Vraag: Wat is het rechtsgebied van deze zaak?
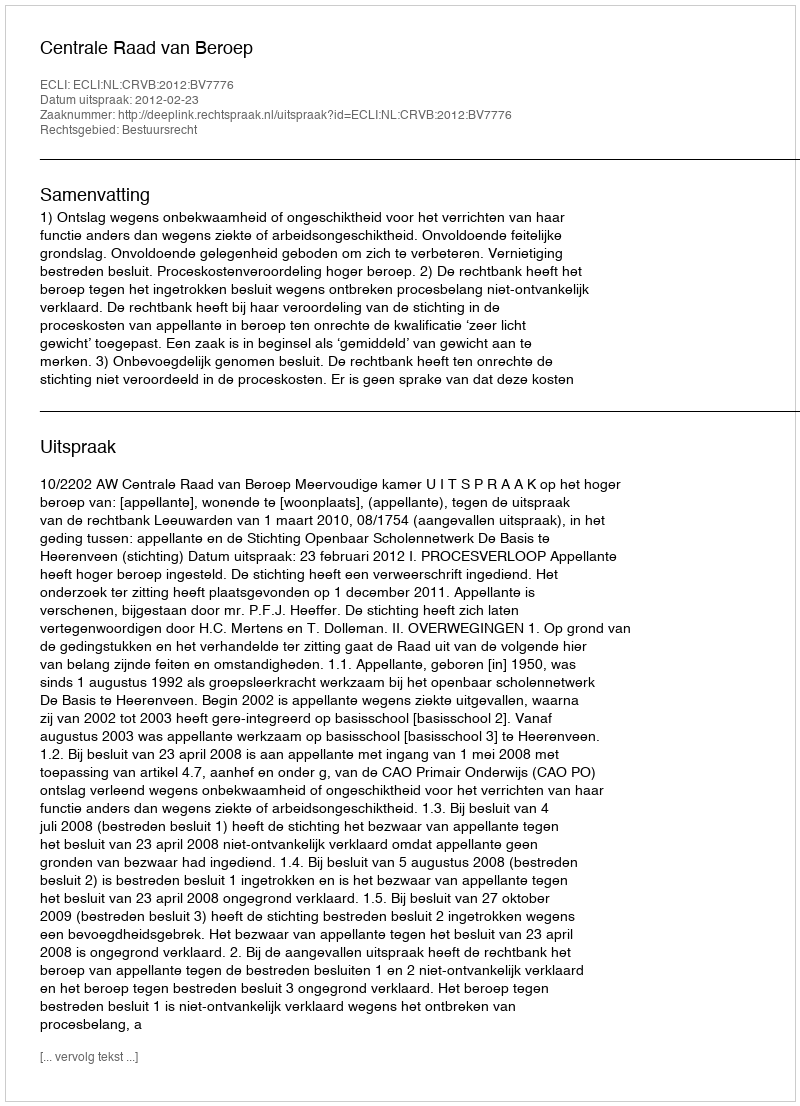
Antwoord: Bestuursrecht